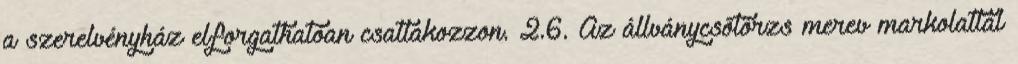
a szerelvényház elforgathatóan csatlakozzon. 2.6. Az állványcsõtörzs merev markolattal